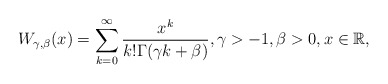
\begin{align*}W_{\gamma, \beta}(x)= \sum_{k=0}^{\infty}\frac{x^k}{k!\Gamma(\gamma k +\beta)}, \gamma >-1, \beta>0, x\in \mathbb{R},\end{align*}